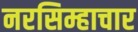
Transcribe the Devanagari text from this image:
नरसिम्हाचार